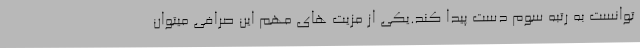
توانست به رتبه سوم دست پیدا کند.یکی از مزیت های مهم این صرافی میتوان